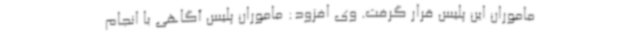
ماموران این پلیس قرار گرفت. وی افزود: ماموران پلیس آگاهی با انجام